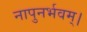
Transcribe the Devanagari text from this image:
नापुनर्भवम्।